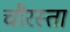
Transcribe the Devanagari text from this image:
चौरस्ता